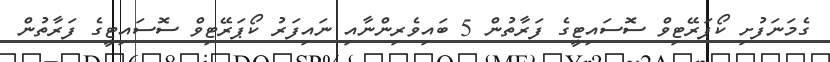
ގެމަނަފުށި ކޯޕަރޭޓިވް ސޮސައިޓީގެ ފަރާތުން 5 ބައިވެރިންނާއި ނައިފަރު ކޯޕަރޭޓިވް ސޮސައިޓީގެ ފަރާތުން